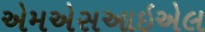
એમએસઆઇએલ